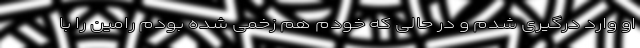
او وارد درگیری شدم و در حالی که خودم هم زخمی شده بودم رامین را با